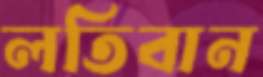
লতিবান